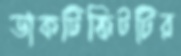
ডাকটিকিটটির